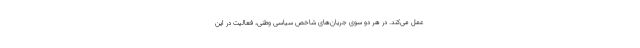
عمل می‌کند. در هر دو سوی جریان‌های شاخصِ سیاسی وطنی، فعالیت در این